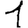
Digit: 1